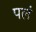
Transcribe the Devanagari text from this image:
पलं